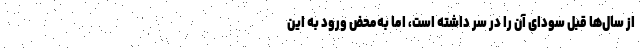
از سال‌ها قبل سودای آن را در سر داشته است، اما به‌محض ورود به این